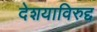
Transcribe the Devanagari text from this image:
देशयाविरुद्द